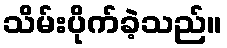
သိမ်းပိုက်ခဲ့သည်။